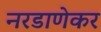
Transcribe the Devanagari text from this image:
नरडाणेकर